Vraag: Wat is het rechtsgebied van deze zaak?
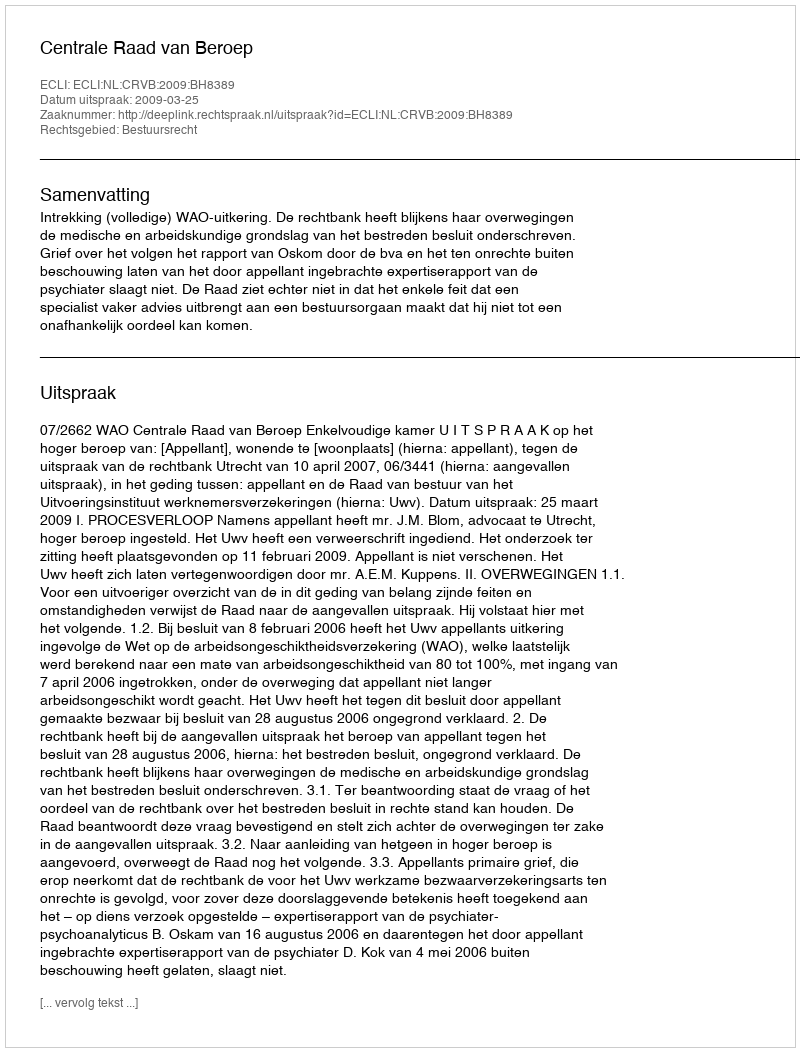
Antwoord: Bestuursrecht